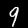
Digit: 9